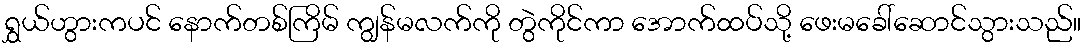
ရွှယ်ဟွားကပင် နောက်တစ်ကြိမ် ကျွန်မလက်ကို တွဲကိုင်ကာ အောက်ထပ်သို့ ဖေးမခေါ်ဆောင်သွားသည်။